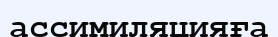
ассимиляцияға